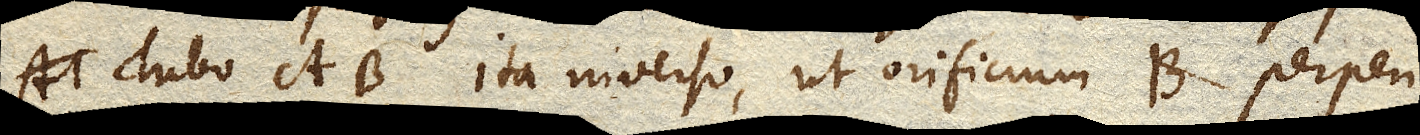
Tubo AB. ita inverso, ut orificium B. perpen–